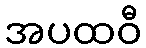
အပထဝီ